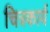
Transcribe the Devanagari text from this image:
चित्रकार्य